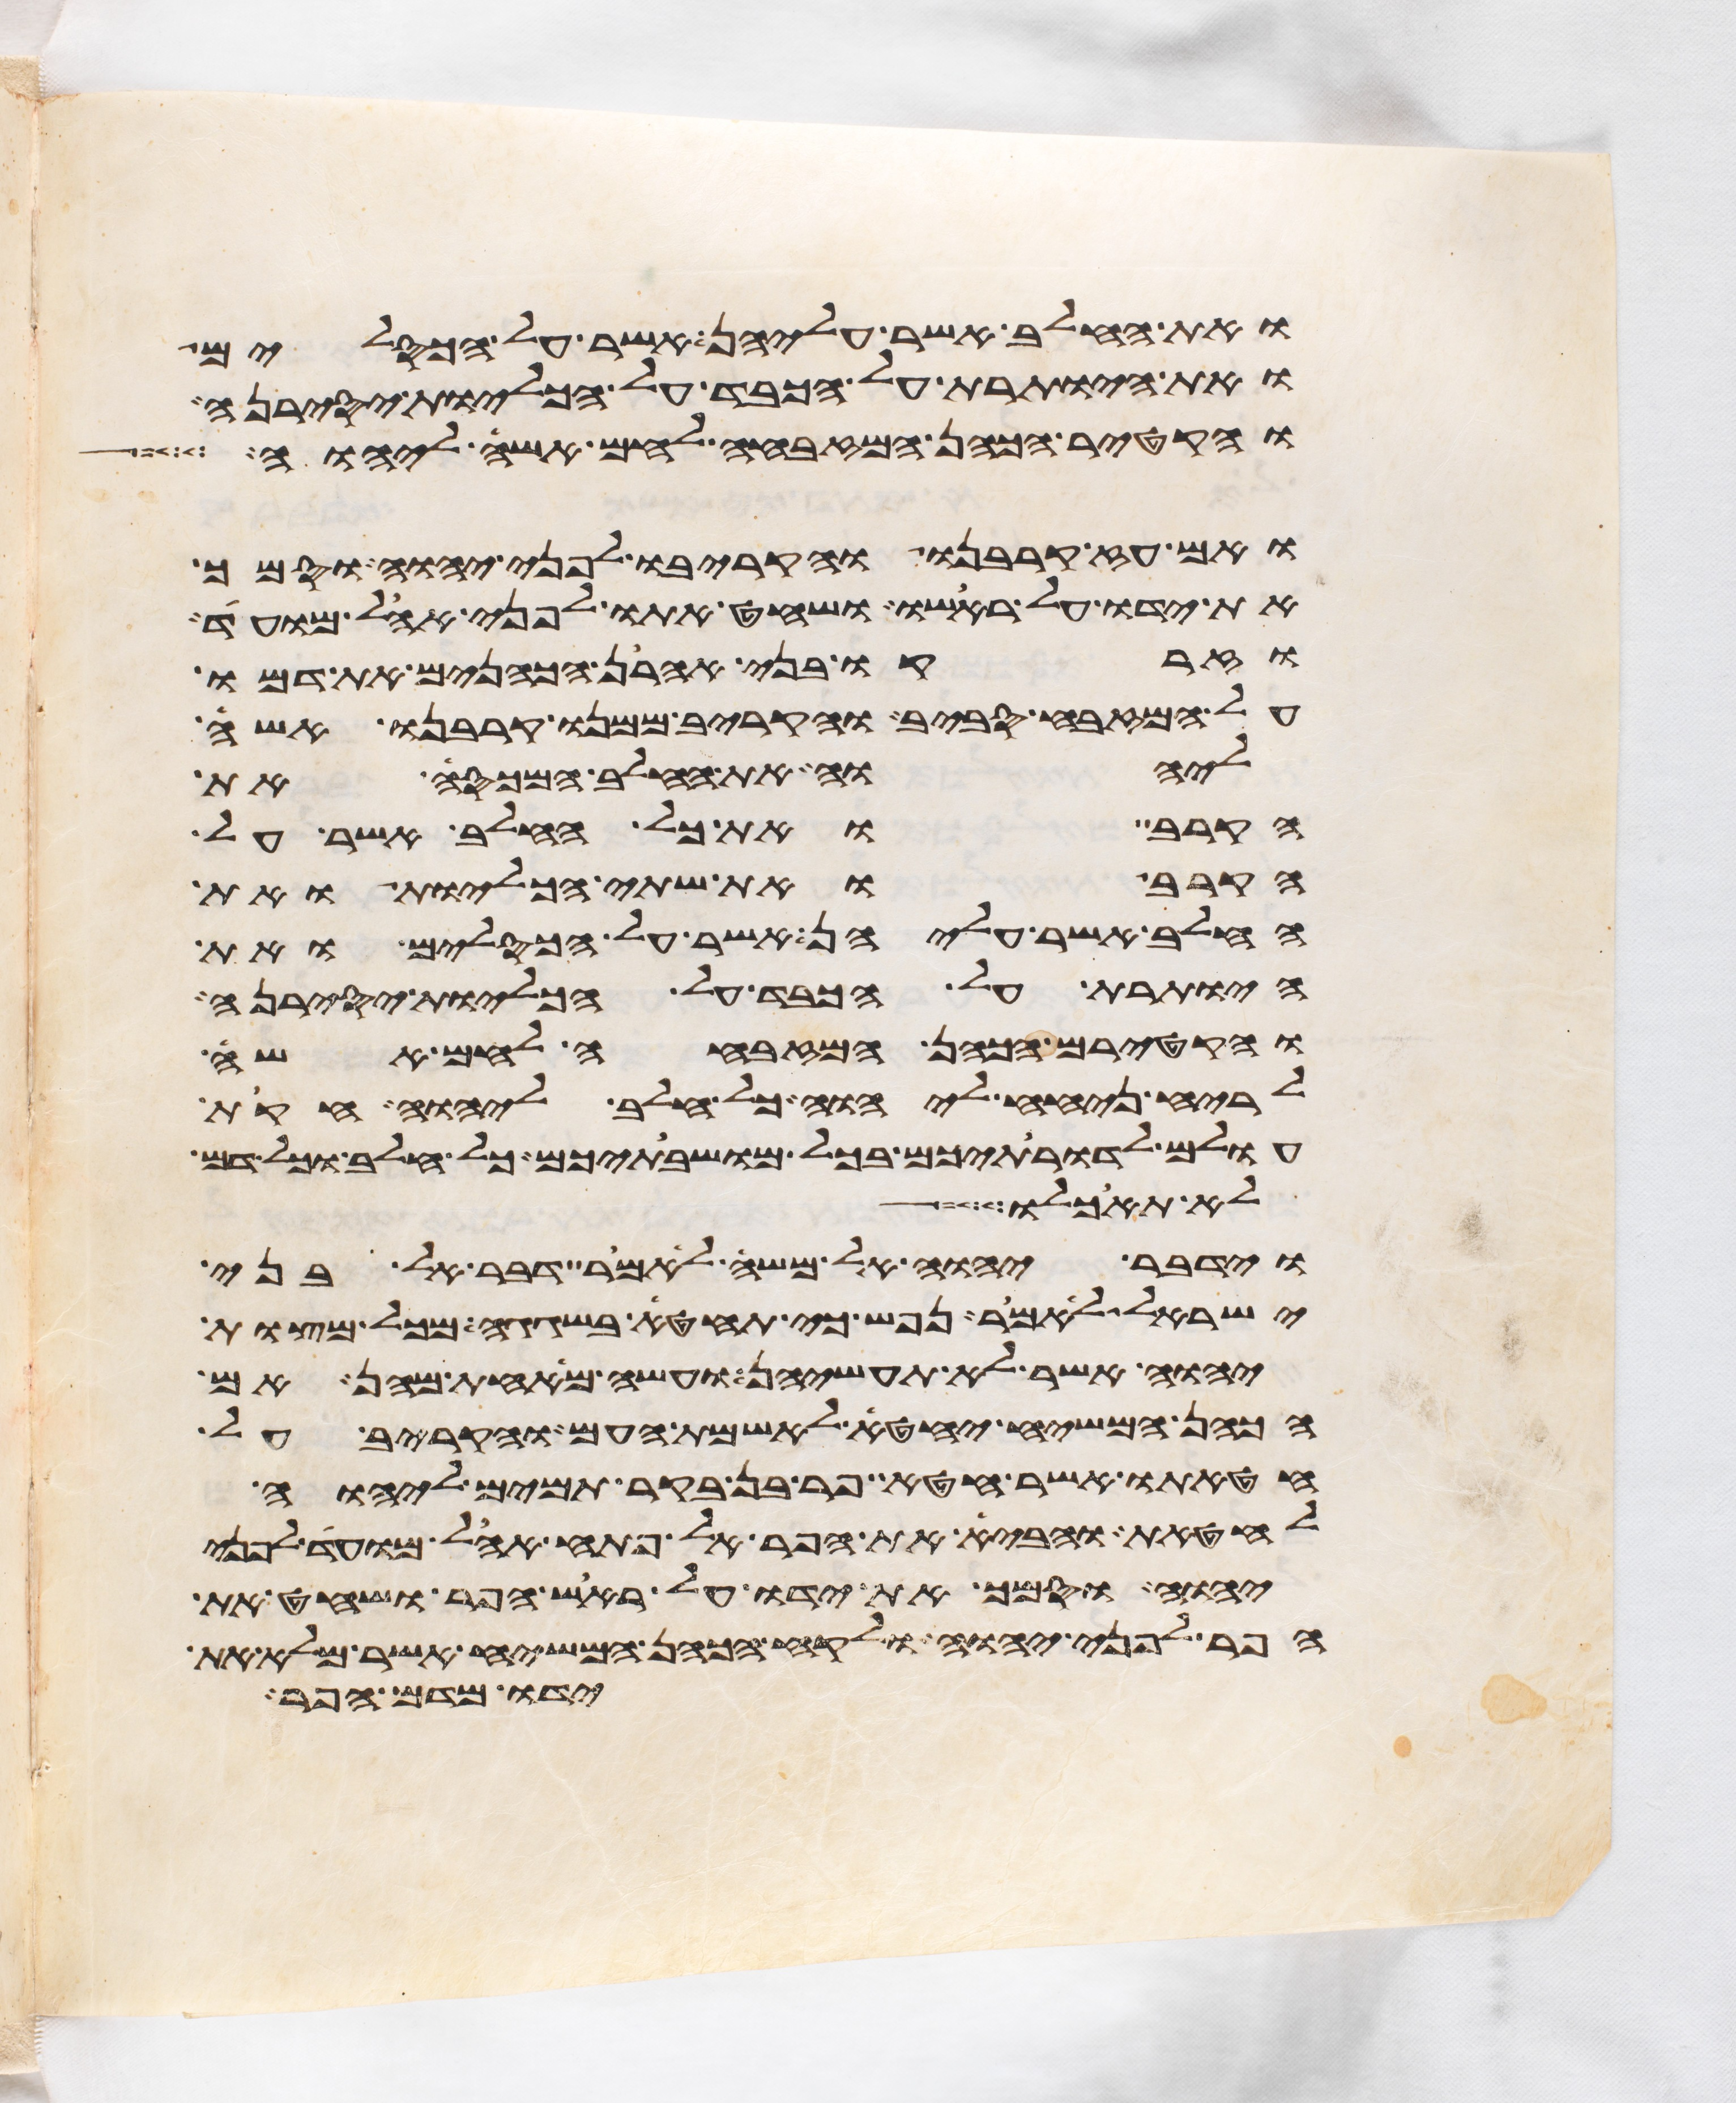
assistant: ואת החלב אשר עליהן אשר על הכסלים
ואת היותרת על הכבד על הכליות יסירנה
והקטיר הכהן המזבחה לחם אשה ליהוה
ואם עז קרבנו והקריבו לפני יהוה וסמך
את ידו על ראשו ושחט אתו לפני אהל מועד
וזרקו בני אהרן הכהנים את דמו
על המזבח סביב והקריב ממנו קרבנו אשה
ליהוה את החלב המכסה את
הקרב ואת כל החלב אשר על
הקרב ואת שתי הכליות ואת
החלב אשר עליהן אשר על הכסלים ואת
היותרת על הכבד על הכליות יסירנה
והקטירם הכהן המזבחה לחם אשה
לריח ניחח ליהוה כל חלב ליהוה חקת
עולם לדרתיכם בכל מושבתיכם כל חלב וכל דם
לא תאכלו
וידבר יהוה אל משה לאמר דבר אל בני
ישראל לאמר נפש כי תחטא בשגגה מכל מצות
יהוה אשר לא תעשיהן ועשה מאחת מהן אם
הכהן המשיח יחטא לאשמת העם והקריב על
חטאתו אשר חטא פר בן בקר תמים ליהוה
לחטאת והביא את הפר אל פתח אהל מועד לפני
יהוה וסמך את ידו על ראש הפר ושחט את
הפר לפני יהוה ולקח הכהן המשיח אשר מלא את
ידו מדם הפר